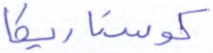
كوستاريكا